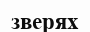
зверях